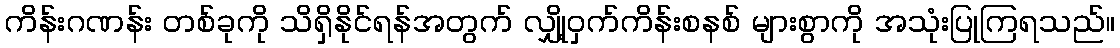
ကိန်းဂဏန်း တစ်ခုကို သိရှိနိုင်ရန်အတွက် လျှို့ဝှက်ကိန်းစနစ် များစွာကို အသုံးပြုကြရသည်။